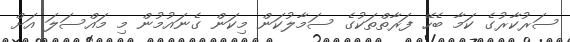
ސަރުކާރުގެ ކަމާ ބެހޭ ފަރާތްތަކުގެ ސަމާލުކަން މިކަން ގެނައުމުން މި މައްސަލަ އަށް